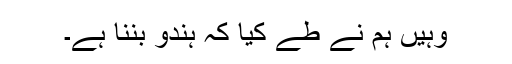
وہیں ہم نے طے کیا کہ ہندو بننا ہے۔